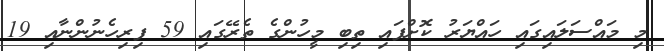
މި މައްސަލައިގައި ހައްޔަރު ކޮށްފައި ތިބި މީހުންގެ ތެރޭގައި 59 ފިރިހެނުންނާއި 19